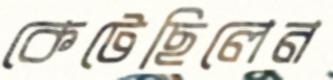
কেটেছিলেন